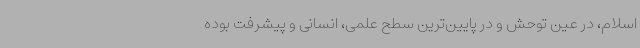
اسلام، در عین توحش و در پایین‌ترین سطح علمی، انسانی و پیشرفت بوده‌